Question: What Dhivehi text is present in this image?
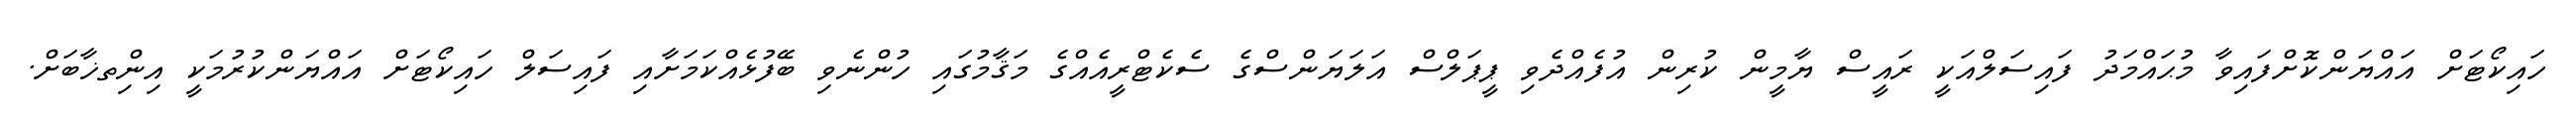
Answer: ހައިކޯޓަށް އައްޔަންކޮށްފައިވާ މުޙައްމަދު ފައިސަލްއަކީ ރައީސް ޔާމީން ކުރިން އުފެއްދެވި ޕީޕަލްސް އަލަޔަންސްގެ ސެކެޓްރީއެއްގެ މަޤާމުގައި ހުންނެވި ބޭފުޅެއްކަމަށާއި ފައިސަލް ހައިކޯޓަށް އައްޔަންކުރުމަކީ އިންިތޚާބަށް.